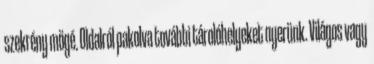
szekrény mögé. Oldalról pakolva további tárolóhelyeket nyerünk. Világos vagy